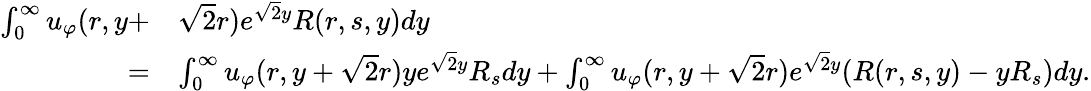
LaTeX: \begin{array}{rl}{\int_{0}^{\infty}u_{\varphi}(r,y+}&{\sqrt{2}r)e^{\sqrt{2}y}R(r,s,y)dy}\\ {=}&{\int_{0}^{\infty}u_{\varphi}(r,y+\sqrt{2}r)ye^{\sqrt{2}y}R_{s}dy+\int_{0}^{\infty}u_{\varphi}(r,y+\sqrt{2}r)e^{\sqrt{2}y}(R(r,s,y)-yR_{s})dy.}\end{array}